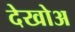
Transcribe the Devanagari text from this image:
देखोअ